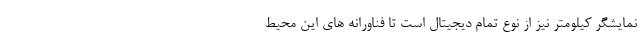
نمایشگر کیلومتر نیز از نوع تمام دیجیتال است تا فناورانه های این محیط